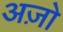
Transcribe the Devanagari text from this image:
अज़ो